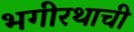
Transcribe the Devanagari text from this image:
भगीरथाची